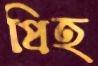
প্রিহ